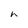
Character: h